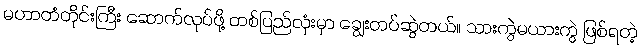
မဟာတံတိုင်းကြီး ဆောက်လုပ်ဖို့ တစ်ပြည်လုံးမှာ ချွေးတပ်ဆွဲတယ်။ သားကွဲမယားကွဲ ဖြစ်ရတဲ့